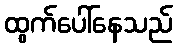
ထွက်ပေါ်နေသည်